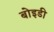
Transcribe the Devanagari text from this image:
बोइडी